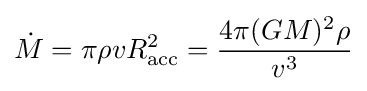
{\dot {M}}=\pi \rho vR_{\text{acc}}^{2}={\frac {4\pi (GM)^{2}\rho }{v^{3}}}